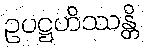
ဥပဋ္ဌဟိဿန္တိ